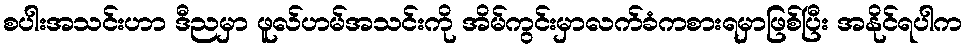
စပါးအသင်းဟာ ဒီညမှာ ဖူလ်ဟမ်အသင်းကို အိမ်ကွင်းမှာလက်ခံကစားရမှာဖြစ်ပြီး အနိုင်ရပါက